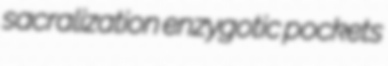
sacralization enzygotic pockets